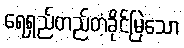
ရေရှည်တည်တံ့ခိုင်မြဲသော